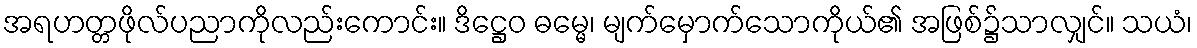
အရဟတ္တဖိုလ်ပညာကိုလည်းကောင်း။ ဒိဋ္ဌေဝ ဓမ္မေ၊ မျက်မှောက်သောကိုယ်၏ အဖြစ်၌သာလျှင်။ သယံ၊